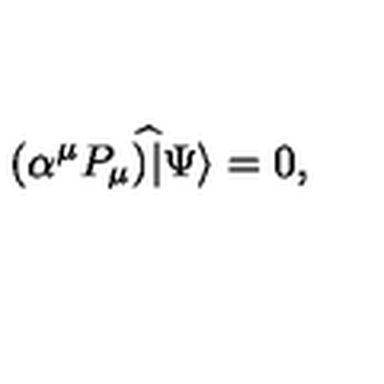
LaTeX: ( \alpha ^ { \mu } { P } _ { \mu } ) ^ { \widehat { } } | \Psi \rangle = 0 ,